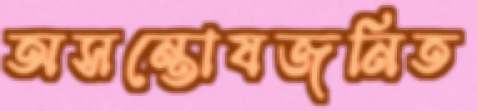
অসন্তোষজনিত